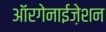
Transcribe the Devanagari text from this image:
ऑरगेनाईज़ेशन